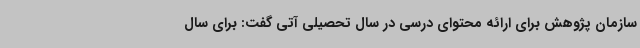
سازمان پژوهش برای ارائه محتوای درسی در سال تحصیلی آتی گفت: برای سال